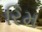
રિમ